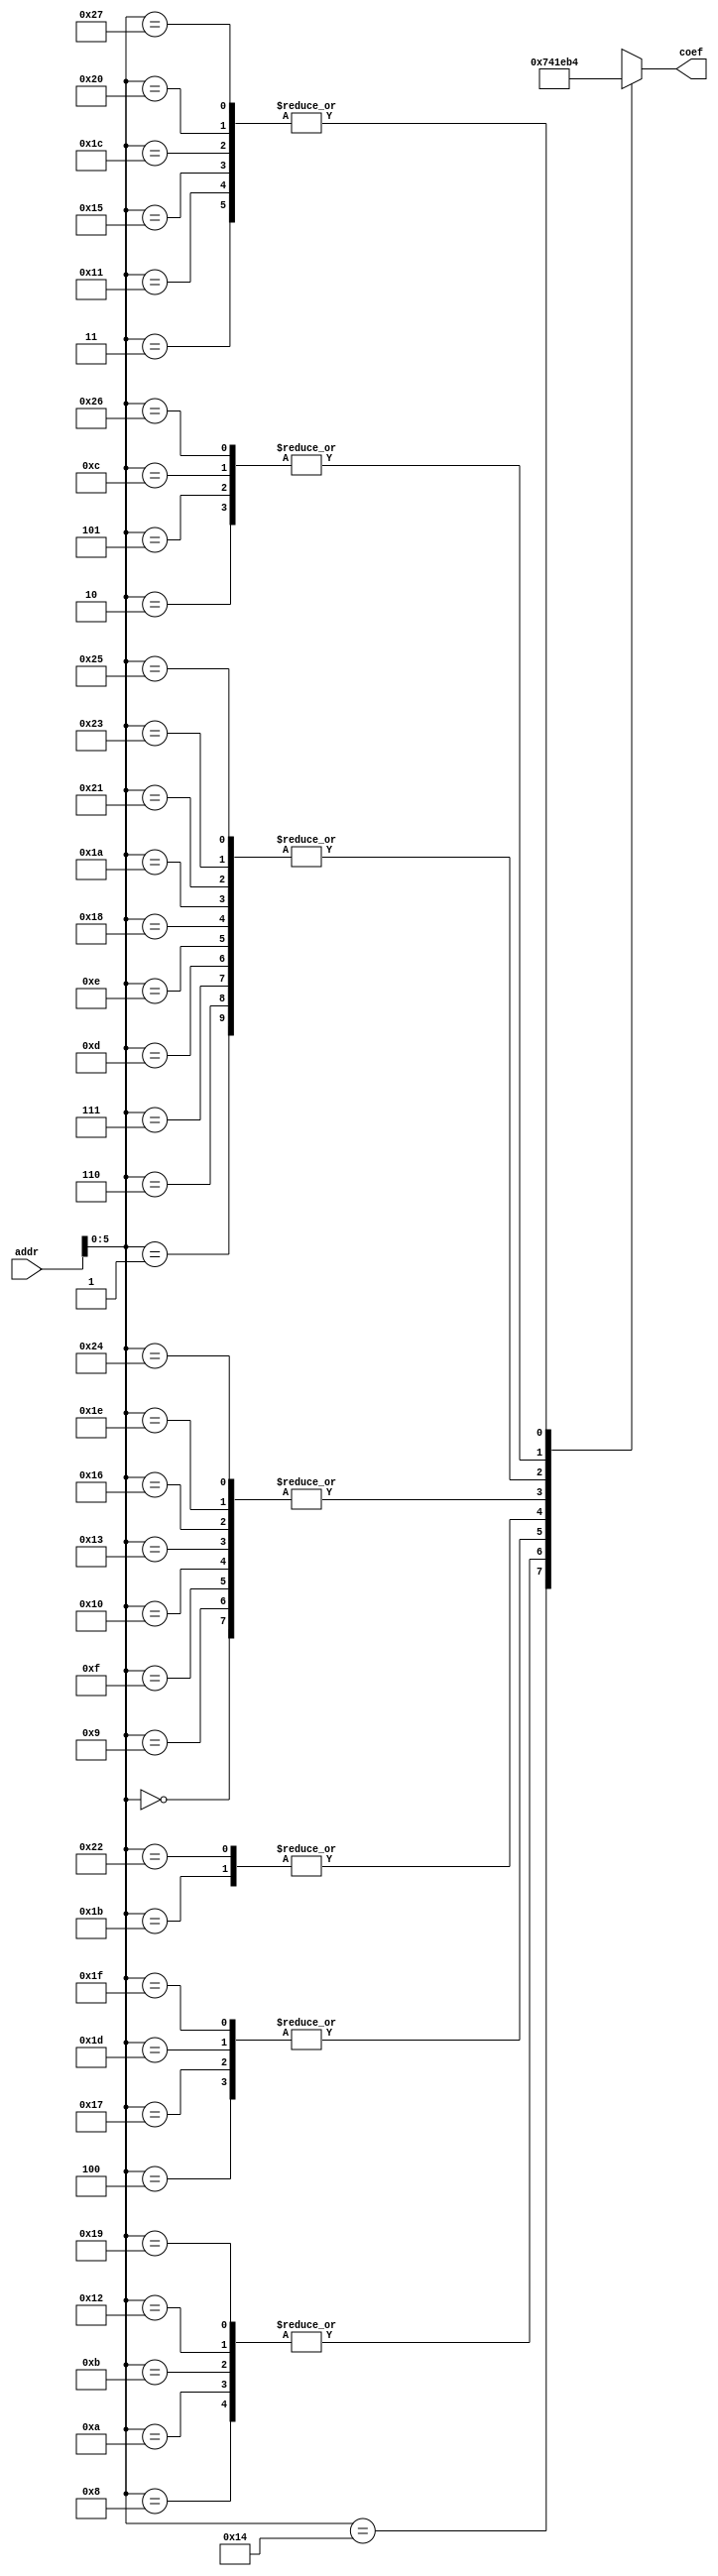
/*
date:2018/5/8
FPGA
2FFT-verilog2
*/

module fw_sram_4 #(
  parameter WIDTH_A = 12
)
(
   input [WIDTH_A-1:0] addr,
   
   output[2:0]  coef

);

       

wire [2:0] Coef [0:39];
assign Coef[0] = 'h7;
assign Coef[1] = 'h2;
assign Coef[2] = 'h6;
assign Coef[3] = 'h4;
assign Coef[4] = 'h0;
assign Coef[5] = 'h6;
assign Coef[6] = 'h2;
assign Coef[7] = 'h2;
assign Coef[8] = 'h5;
assign Coef[9] = 'h7;
assign Coef[10] = 'h5;
assign Coef[11] = 'h5;
assign Coef[12] = 'h6;
assign Coef[13] = 'h2;
assign Coef[14] = 'h2;
assign Coef[15] = 'h7;
assign Coef[16] = 'h7;
assign Coef[17] = 'h4;
assign Coef[18] = 'h5;
assign Coef[19] = 'h7;
assign Coef[20] = 'h3;
assign Coef[21] = 'h4;
assign Coef[22] = 'h7;
assign Coef[23] = 'h0;
assign Coef[24] = 'h2;
assign Coef[25] = 'h5;
assign Coef[26] = 'h2;
assign Coef[27] = 'h1;
assign Coef[28] = 'h4;
assign Coef[29] = 'h0;
assign Coef[30] = 'h7;
assign Coef[31] = 'h0;
assign Coef[32] = 'h4;
assign Coef[33] = 'h2;
assign Coef[34] = 'h1;
assign Coef[35] = 'h2;
assign Coef[36] = 'h7;
assign Coef[37] = 'h2;
assign Coef[38] = 'h6;
assign Coef[39] = 'h4;





assign   coef= Coef[addr];
endmodule